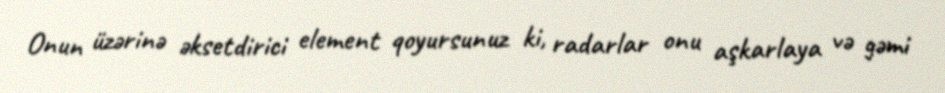
Onun üzərinə əksetdirici element qoyursunuz ki, radarlar onu aşkarlaya və gəmi